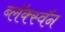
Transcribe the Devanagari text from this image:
ब्लॅक्स्वॅन